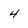
Character: 4